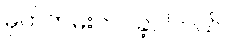
မှတ်တမ်းတင်ခဲ့ပါတယ်။